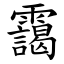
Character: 靄